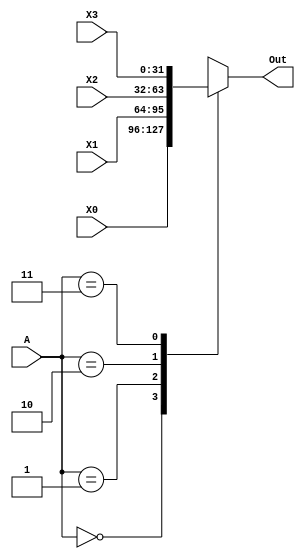
module BIGMUX2(A,X0,X1,X2,X3,Out);
input [1:0] A; 
input [31:0] X3,X2,X1,X0; 
output [31:0] Out; 
 
reg [31:0] Out; 
 
always@(A,X3,X2,X1,X0) 
begin 
  case(A) 
      2'b00: 
        Out <= X0; 
      2'b01: 
        Out <= X1; 
      2'b10: 
        Out <= X2; 
      2'b11: 
        Out <= X3; 
  endcase 
end 
 
endmodule